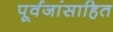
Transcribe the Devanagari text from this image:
पूर्वजांसाहित